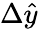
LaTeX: \Delta\widehat{y}